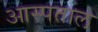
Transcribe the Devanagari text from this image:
आस्पताल